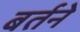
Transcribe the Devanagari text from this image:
बर्तने